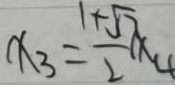
x _ { 3 } = \frac { 1 + \sqrt { 1 7 } } { 2 } \times 4